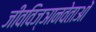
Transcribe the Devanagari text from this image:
जीवविज्ञानवेताओं